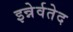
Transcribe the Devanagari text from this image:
इन्नेर्वतेद